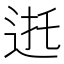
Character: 𰺸